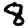
Digit: 8